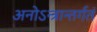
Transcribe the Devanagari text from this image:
अनोऽन्त्रान्तर्गतं